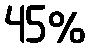
45%